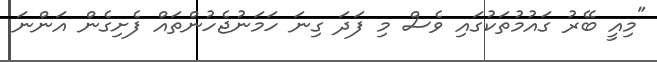
"މިއީ ބޭރު ގައުމުތަކުގައި ވެސް މި ފަދަ ގިނަ ހަމަނުޖެހުންތައް ފެށިގެން އަންނަ